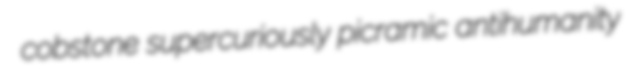
cobstone supercuriously picramic antihumanity